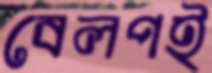
বেলপই